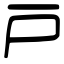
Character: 戸